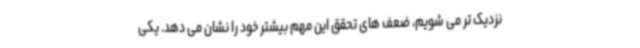
نزدیک تر می شویم، ضعف های تحقق این مهم بیشتر خود را نشان می دهد. یکی